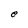
Character: e